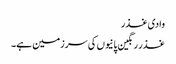
وادی غذر
غذر رنگین پانیوں کی سرزمین ہے۔